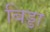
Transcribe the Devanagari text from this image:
बिड्डा